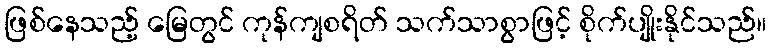
ဖြစ်နေသည့် မြေတွင် ကုန်ကျစရိတ် သက်သာစွာဖြင့် စိုက်ပျိုးနိုင်သည်။